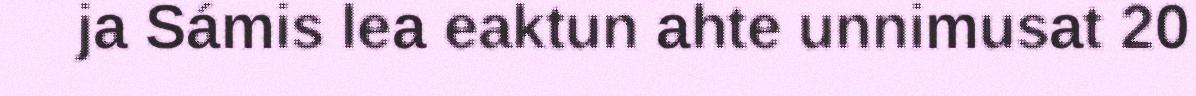
ja Sámis lea eaktun ahte unnimusat 20